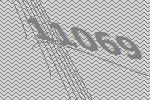
11069